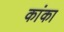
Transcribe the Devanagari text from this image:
कांका